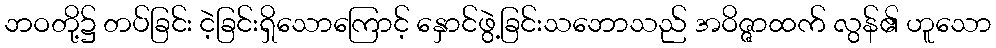
ဘဝတို့၌ တပ်ခြင်း ငဲ့ခြင်းရှိသောကြောင့် နှောင်ဖွဲ့ခြင်းသဘောသည် အဝိဇ္ဇာထက် လွန်၏ ဟူသော